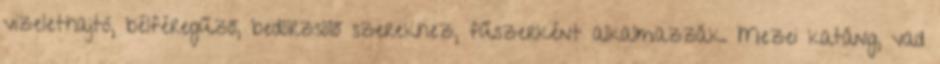
vizelethajtó, bélféregűző, bedörzsölő szerekhez, fűszerként alkalmazzák. Mezei katáng, vad